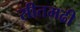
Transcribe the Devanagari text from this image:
सीतमढी